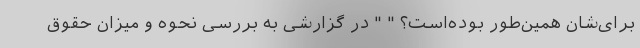
برای‌شان همین‌طور بوده‌است؟ " " در گزارشی به بررسی نحوه و میزان حقوق